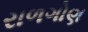
રાળગોણ